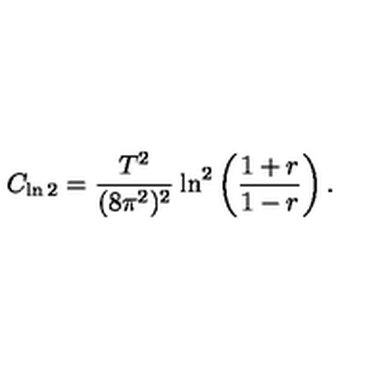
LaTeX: C _ { \ln 2 } = \frac { T ^ { 2 } } { ( 8 \pi ^ { 2 } ) ^ { 2 } } \ln ^ { 2 } \left( \frac { 1 + r } { 1 - r } \right) .